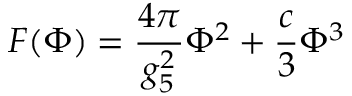
{ \cal F } ( \Phi ) = \frac { 4 \pi } { g _ { 5 } ^ { 2 } } \Phi ^ { 2 } + \frac { c } { 3 } \Phi ^ { 3 }